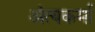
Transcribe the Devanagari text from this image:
अंत्यकर्मा